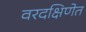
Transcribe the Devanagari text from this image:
वरदक्षिणेत